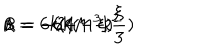
LaTeX: \Lambda = - 2 4 M ^ { 3 } k ^ { 2 } \hspace { 1 . 0 c m } \alpha = 6 k ( 1 - \xi ) ^ { 2 } \hspace { 1 . 0 c m } \beta = - 6 k ( 1 - \frac { \xi } { 3 } )